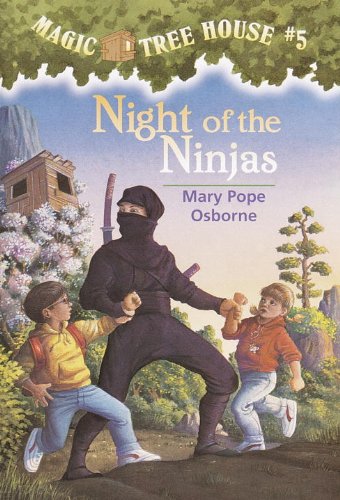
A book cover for Night of the Ninjas (Magic Tree House, No. 5); Mary Pope Osborne; Children's Books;